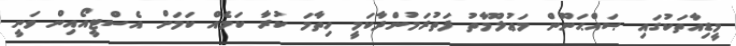
މީޑިއާތަކުގައި ޞައްޙަނޫން މަޢުލޫމާތު ފަތުރަމުންދާކަމީ ހިތާމަ ކުރާ ކަމެއް ކަމަށް އެސްޓީއޯއިން ވަނީ